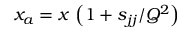
x _ { a } = x \, \left( 1 + { { s _ { j j } } } / { Q ^ { 2 } } \right)